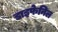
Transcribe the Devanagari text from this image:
डाइफेनिल